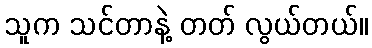
သူက သင်တာနဲ့ တတ် လွယ်တယ်။